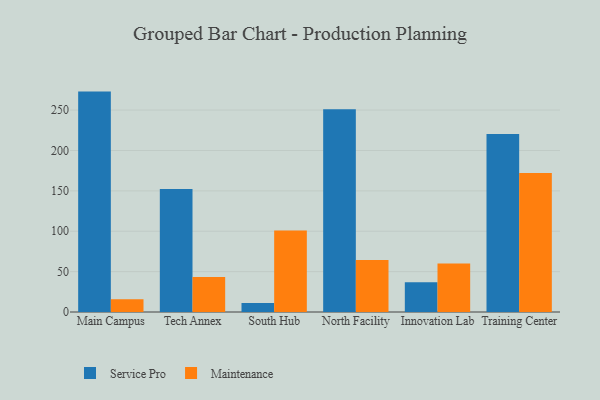
{"axis": {"x": "Campus", "y": "LTV (USD)"}, "legend": ["Maintenance", "Service Pro"], "data": [{"x": "Main Campus", "y": 272.9, "type": "Service Pro"}, {"x": "Main Campus", "y": 15.9, "type": "Maintenance"}, {"x": "Tech Annex", "y": 152.3, "type": "Service Pro"}, {"x": "Tech Annex", "y": 43.4, "type": "Maintenance"}, {"x": "South Hub", "y": 11.0, "type": "Service Pro"}, {"x": "South Hub", "y": 100.8, "type": "Maintenance"}, {"x": "North Facility", "y": 251.0, "type": "Service Pro"}, {"x": "North Facility", "y": 64.5, "type": "Maintenance"}, {"x": "Innovation Lab", "y": 36.8, "type": "Service Pro"}, {"x": "Innovation Lab", "y": 59.9, "type": "Maintenance"}, {"x": "Training Center", "y": 220.5, "type": "Service Pro"}, {"x": "Training Center", "y": 172.1, "type": "Maintenance"}]}